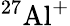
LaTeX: ^{27}{\mathrm{Al}}^{+}